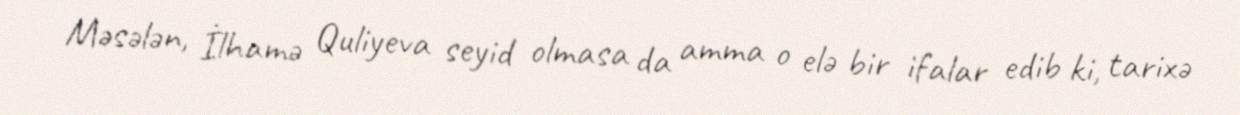
Məsələn, İlhamə Quliyeva seyid olmasa da amma o elə bir ifalar edib ki, tarixə